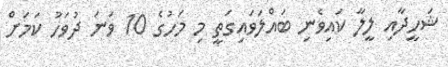
ޝަހީދާއި ލީލާ ކައިވެނި ބައްލަވައިގަތީ މި މަހުގެ 10 ވަނަ ދުވަހު ކަމަށް